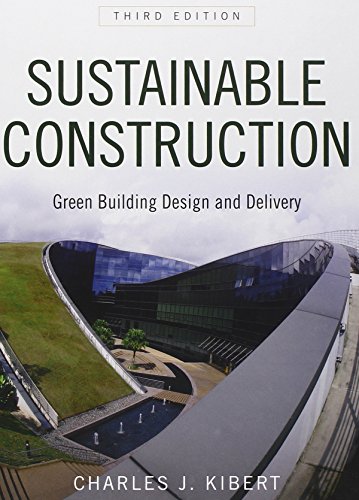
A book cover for Sustainable Construction: Green Building Design and Delivery; Charles J. Kibert; Arts & Photography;